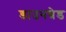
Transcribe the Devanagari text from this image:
डाउनग्रेड